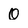
Character: 0